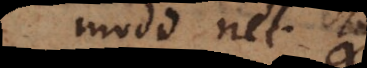
modo nec